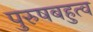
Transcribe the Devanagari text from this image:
पुरुषबहुत्व